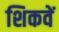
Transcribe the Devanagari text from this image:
शिकवें